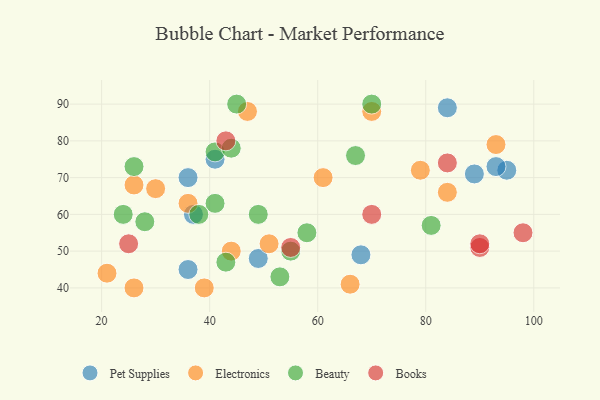
{"axis": {"x": "GDP", "y": "Life Expectancy"}, "legend": ["Beauty", "Books", "Electronics", "Pet Supplies"], "data": [{"x": "84", "y": 89, "type": "Pet Supplies"}, {"x": "36", "y": 70, "type": "Pet Supplies"}, {"x": "37", "y": 60, "type": "Pet Supplies"}, {"x": "68", "y": 49, "type": "Pet Supplies"}, {"x": "89", "y": 71, "type": "Pet Supplies"}, {"x": "41", "y": 75, "type": "Pet Supplies"}, {"x": "36", "y": 45, "type": "Pet Supplies"}, {"x": "49", "y": 48, "type": "Pet Supplies"}, {"x": "95", "y": 72, "type": "Pet Supplies"}, {"x": "93", "y": 73, "type": "Pet Supplies"}, {"x": "26", "y": 68, "type": "Electronics"}, {"x": "84", "y": 66, "type": "Electronics"}, {"x": "30", "y": 67, "type": "Electronics"}, {"x": "47", "y": 88, "type": "Electronics"}, {"x": "39", "y": 40, "type": "Electronics"}, {"x": "44", "y": 50, "type": "Electronics"}, {"x": "66", "y": 41, "type": "Electronics"}, {"x": "21", "y": 44, "type": "Electronics"}, {"x": "93", "y": 79, "type": "Electronics"}, {"x": "61", "y": 70, "type": "Electronics"}, {"x": "70", "y": 88, "type": "Electronics"}, {"x": "26", "y": 40, "type": "Electronics"}, {"x": "51", "y": 52, "type": "Electronics"}, {"x": "36", "y": 63, "type": "Electronics"}, {"x": "79", "y": 72, "type": "Electronics"}, {"x": "41", "y": 77, "type": "Beauty"}, {"x": "26", "y": 73, "type": "Beauty"}, {"x": "41", "y": 63, "type": "Beauty"}, {"x": "43", "y": 47, "type": "Beauty"}, {"x": "67", "y": 76, "type": "Beauty"}, {"x": "45", "y": 90, "type": "Beauty"}, {"x": "81", "y": 57, "type": "Beauty"}, {"x": "24", "y": 60, "type": "Beauty"}, {"x": "38", "y": 60, "type": "Beauty"}, {"x": "44", "y": 78, "type": "Beauty"}, {"x": "49", "y": 60, "type": "Beauty"}, {"x": "53", "y": 43, "type": "Beauty"}, {"x": "28", "y": 58, "type": "Beauty"}, {"x": "70", "y": 90, "type": "Beauty"}, {"x": "55", "y": 50, "type": "Beauty"}, {"x": "58", "y": 55, "type": "Beauty"}, {"x": "25", "y": 52, "type": "Books"}, {"x": "70", "y": 60, "type": "Books"}, {"x": "98", "y": 55, "type": "Books"}, {"x": "90", "y": 51, "type": "Books"}, {"x": "84", "y": 74, "type": "Books"}, {"x": "90", "y": 52, "type": "Books"}, {"x": "43", "y": 80, "type": "Books"}, {"x": "55", "y": 51, "type": "Books"}]}